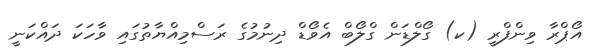
އޯޕްރާ ވިންފްރީ (ކ) ގޯލްޑަން ގްލޯބް އެވޯޑް ދިނުމުގެ ރަސްމިއްޔާތުގައި ވާހަކަ ދައްކަނީ